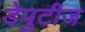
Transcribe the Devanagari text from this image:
डेपुटीज